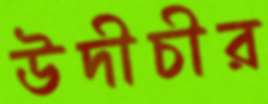
উদীচীর